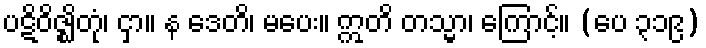
ပဋိဝိဇ္ဈိတုံ၊ ငှာ။ န ဒေတိ၊ မပေး။ ဣတိ တသ္မာ၊ ကြောင့်။ (ပေ ၃၁၉)